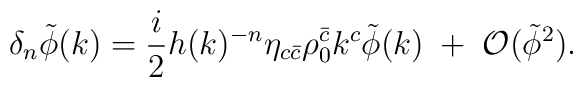
\delta_n \tilde{\phi} (k) = \frac{i}{2} h(k)^{-n} \eta_{c \bar c}\rho_0^{\bar c} k^c \tilde{\phi} (k) \;+\; {\cal O} (\tilde{\phi}^2).